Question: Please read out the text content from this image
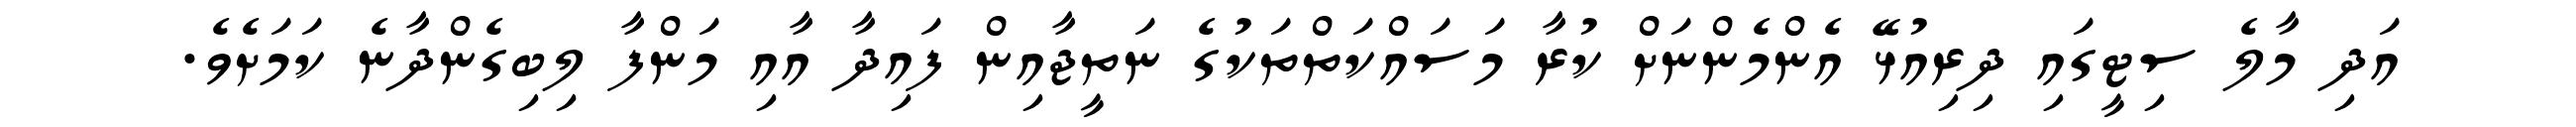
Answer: އަދި މާލެ ސިޓީގައި ދިރިއުޅޭ އެންމެންނަށް ކުރާ މަސައްކަތްތަކުގެ ނަތީޖާއިން ފައިދާ އާއި މަންފާ ލިބިގެންދާނެ ކަމަށެވެ.